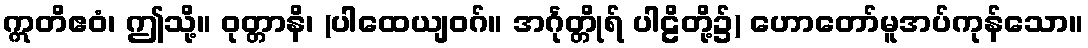
ဣတိဧဝံ၊ ဤသို့။ ဝုတ္တာနိ၊ (ပါထေယျဝဂ်။ အင်္ဂုတ္တိုရ် ပါဠိတို့၌) ဟောတော်မူအပ်ကုန်သော။